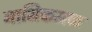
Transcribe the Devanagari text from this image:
नाभिकमळ